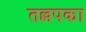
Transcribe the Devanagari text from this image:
तल्लपका